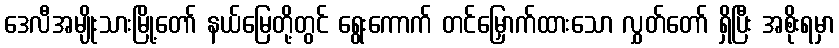
ဒေလီအမျိုးသားမြို့တော် နယ်မြေတို့တွင် ရွေးကောက် တင်မြှောက်ထားသော လွှတ်တော် ရှိပြီး အစိုးရမှာ